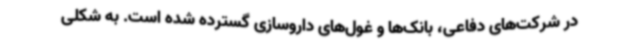
در شرکت‌های دفاعی، بانک‌ها و غول‌های داروسازی گسترده شده است. به شکلی